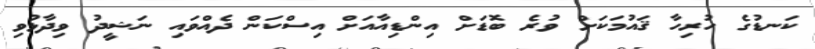
ކަނޑުގެ ހުރިހާ ޤައުމަކަށް ވުރެ ބޮޑަށް އިންޑިއާއަށް އިސްކަން ދެއްވައި ނަޝީދު ވިދާޅުވި